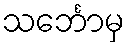
သင်္ဘောမှ